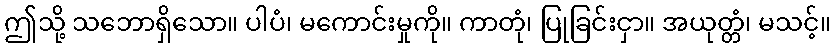
ဤသို့ သဘောရှိသော။ ပါပံ၊ မကောင်းမှုကို။ ကာတုံ၊ ပြုခြင်းငှာ။ အယုတ္တံ၊ မသင့်။